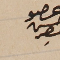
عضو حسن حصِر